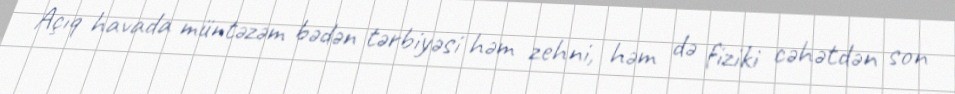
Açıq havada müntəzəm bədən tərbiyəsi həm zehni, həm də fiziki cəhətdən son